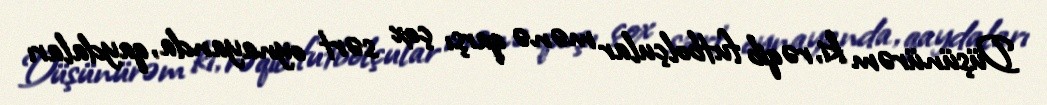
Düşünürəm ki, rəqib futbolçular mənə qarşı çox sərt oynayanda, qaydaları